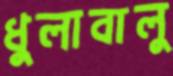
ধুলাবালু